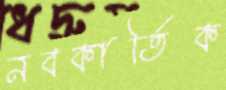
নবকার্তিক